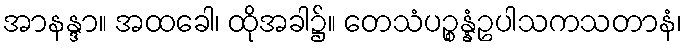
အာနန္ဒာ။ အထခေါ၊ ထိုအခါ၌။ တေသံပဉ္စန္နံဥပါသကသတာနံ၊